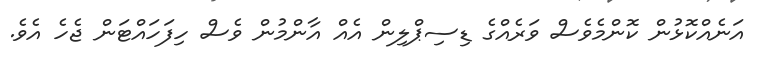
އަނެއްކޮޅުން ކޮންމެވެސް ވަރެއްގެ ޑިސިޕްލިން އެއް އާންމުން ވެސް ހިފަހައްޓަން ޖެހެ އެވެ.